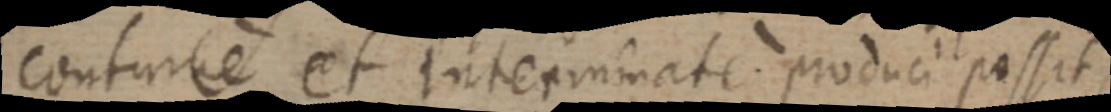
contume et interminate produci possit,